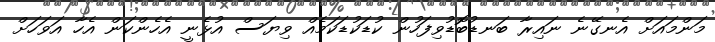
މަންމައަށް އެނގޭނެ ނައިރާ ބަނޑުބޮޑުވިފަހުން ކުޑަކުޑަކަމެއް ވިޔަސް އުޅެނީ އެހެންކަން އެހާ އަވަހަށް